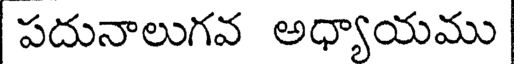
పదునాలుగవ అధ్యాయము